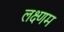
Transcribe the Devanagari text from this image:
लक्ष्णम